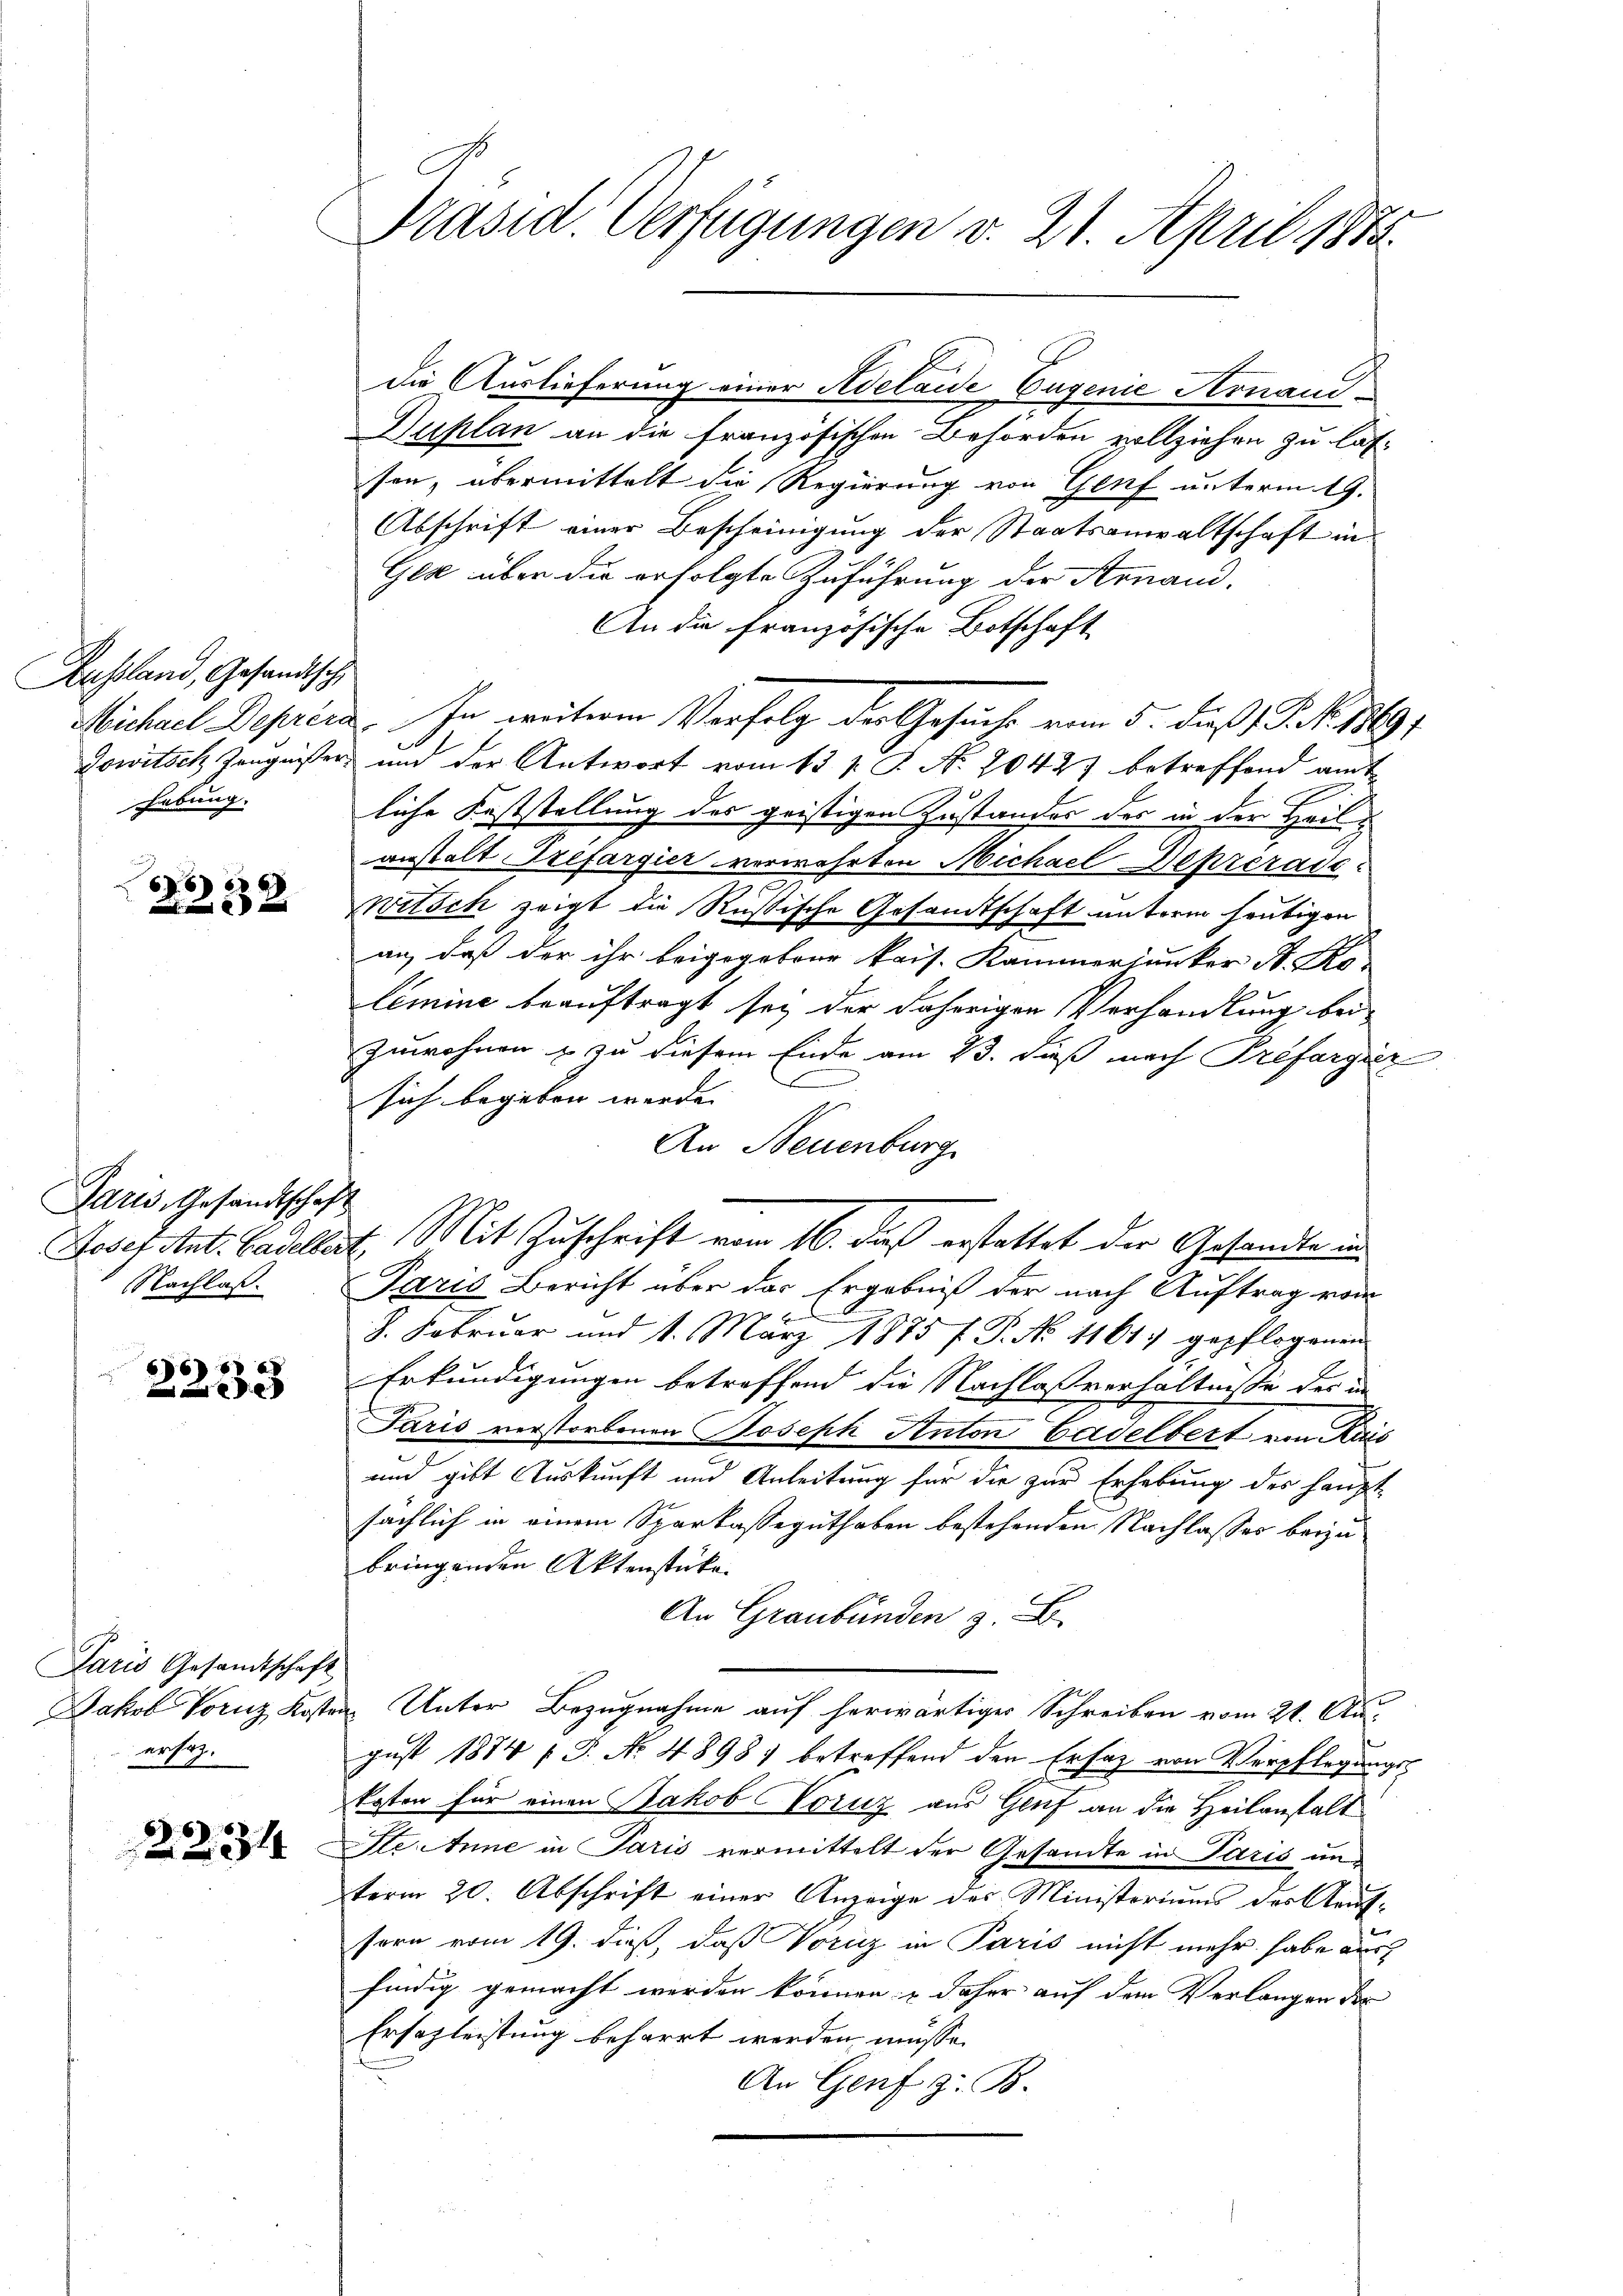
Ausland, Gesandtsch
Michael Deprera
habung.

e
2382

Paris, Gesandtschaf
Josef Ant. Gadeller
Nachlaß.

2233

Paris Gesandtschaft
ersag

2234

Präsid. Verfügungen v. 21. April 1873.

.

die Auslieferung einer Adelaide Eugenie Arnaud
Duplan an die französischen Behörden vollziehen zu lassen, übermittelt die Regierung von Genf unterm 19.
Abschrift einer Bescheinigung der Staatsanwaltschaft in
Gez über die erfolgte Zuführung der Arnand.
An die französische Botschaft
In weiteren Verfolg der Gesuche vom 5. dieß P. Nr. 1869;
Jowitsch Zeugnisser, und der Antwort vom 13 s. S. No. 20427 betreffend ande
liche Feststellung des geistigen Zustandes des in der Heilanstalt zefargier verwehrten Michael Depreradi¬
2
Witsch zeigt die Rußische Gesandtschaft unterm heutigen
an, daß der ihr beigegebene kais. Kammersunker A. Ko
limine beauftragt sey der daherigen Verhandlung bei
zuwohnen & zu diesem Ende am 23. dieß nach Prefargier
sich begeben werde.
An Neuenburg
E. Mit Zuschrift vom 16. dieß erstattet der Gesandte und
Paris Bericht über der Ergebniß der nach Auftrag vom
8. Februar und 1. März 1875 f. P. No 11617 gepflogenen
Erkundigungen betreffend die Nachlaßverhältnisse der in
Paris verstorbenen Joseph Anton Gadelbert von Kais
und gibt Auskunft und Anleitung für die zur Erhebung des Haupt-
sächlich in einem Sparkasseguthaben bestehenden Nachlasses beizu
bringenden Aktenstücke.
An Graubünden z. B.
Jakob Vornz Kosten Unter Bezugnahme auf herwärtiger Schreiben vom 21. August 1874 ff. No. 4898) betreffend den Ersatz von Verpflegungss
kosten für einen Jakob Horiz aus Genf an die Heilanstalt
Ste Anne in Paris vermittelt der Gesandte in Paris und
term 20. Abschrift einer Anzeige des Ministeriums der Aeufsern vom 19. dieß, daß Voriz in Paris nicht mehr habe aush
findig gemacht werden können, & daher auf dem Verlangen der
Erschleistung beharrt werden müsse.
An Genf z. B.